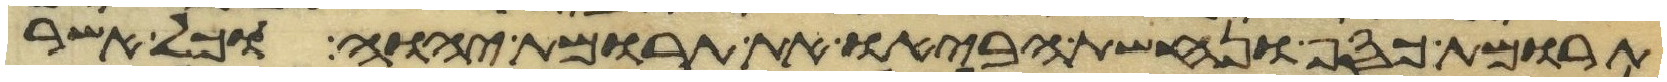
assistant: תרומת כסף ונחשת הביאו את תרומת יהוה וכל אשר